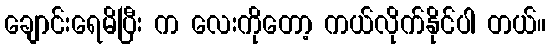
ချောင်းရေမိပြီး က လေးကိုတော့ ကယ်လိုက်နိုင်ပါ တယ်။